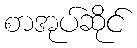
စာအုပ်ဆိုင်